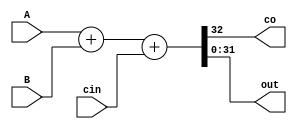
module adder_32b (input [31:0] A, B, input cin,output co,output [31:0] out);
    assign {co, out} = A + B + cin;
endmodule